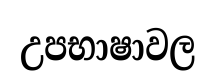
උපභාෂාවල